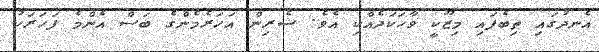
އެނދުގައި ތިބެފައި މިޒޫކީ ވާހަކަދެއްކި އެވެ. ޝެރިން އަހަރެމެންގެ ބަސް އެންމެ ފަހަރަކު